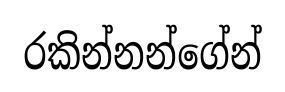
රකින්නන්ගේන්